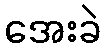
အေးခဲ